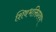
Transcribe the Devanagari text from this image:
शिवभक्तिप्रवण